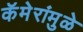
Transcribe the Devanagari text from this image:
कॅमेरांमुळे